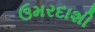
ઉમરદાશી